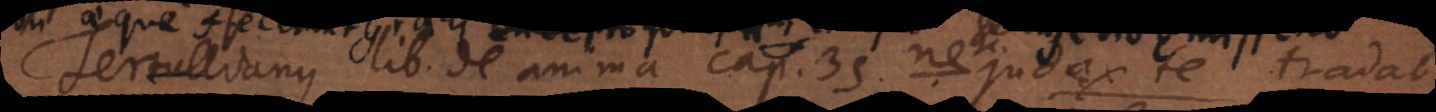
Tertullianus lib. de anima cap. 35. ne etc. judex te tradat